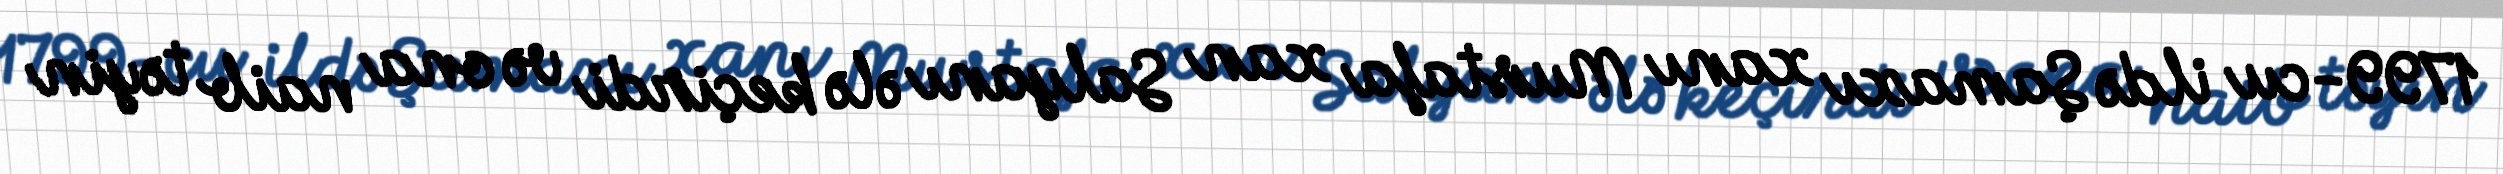
1799-cu ildə Şamaxı xanı Mustafa xan Salyanı ələ keçirdi və ona naib təyin